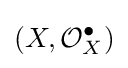
(X,{\mathcal {O}}_{X}^{\bullet })